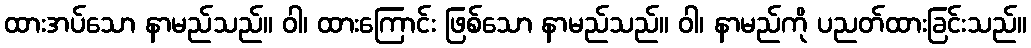
ထားအပ်သော နာမည်သည်။ ဝါ၊ ထားကြောင်း ဖြစ်သော နာမည်သည်။ ဝါ၊ နာမည်ကို ပညတ်ထားခြင်းသည်။